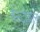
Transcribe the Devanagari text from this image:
बेस्टोवल